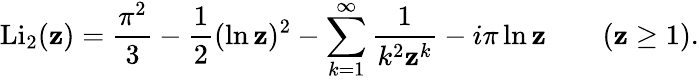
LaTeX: \operatorname{Li}_{2}(\mathbf{z})={\frac{{\pi^{2}}}{{3}}}-{\frac{{1}}{{2}}}(\ln\mathbf{z})^{2}-\sum_{k=1}^{\infty}{\frac{{1}}{{k^{2}\mathbf{z}^{k}}}}-i\pi\ln\mathbf{z}\qquad(\mathbf{z}\geq1).